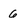
Character: 6